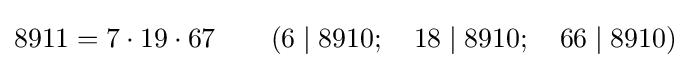
8911=7\cdot 19\cdot 67\qquad (6\mid 8910;\quad 18\mid 8910;\quad 66\mid 8910)